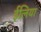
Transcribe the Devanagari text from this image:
ईलिया